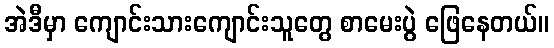
အဲဒီမှာ ကျောင်းသားကျောင်းသူတွေ စာမေးပွဲ ဖြေနေတယ်။